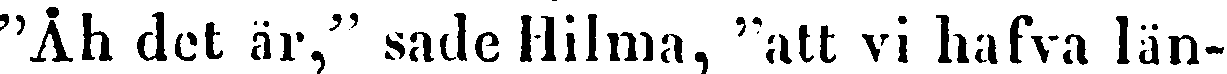
"Åh det är," sade Hilma, "att vi hafva län-